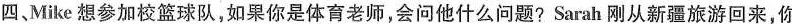
四,Mike 想参加校篮球队,如果你是体育老师,会问他什么问题? Sarah 刚从新疆旅游回来,你